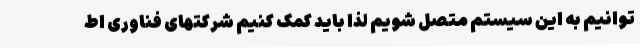
توانیم به این سیستم متصل شویم لذا باید کمک کنیم شرکتهای فناوری اط